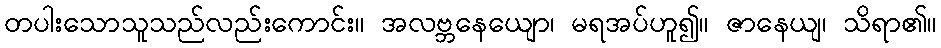
တပါးသောသူသည်လည်းကောင်း။ အလဗ္ဘနေယျော၊ မရအပ်ဟူ၍။ ဇာနေယျ၊ သိရာ၏။